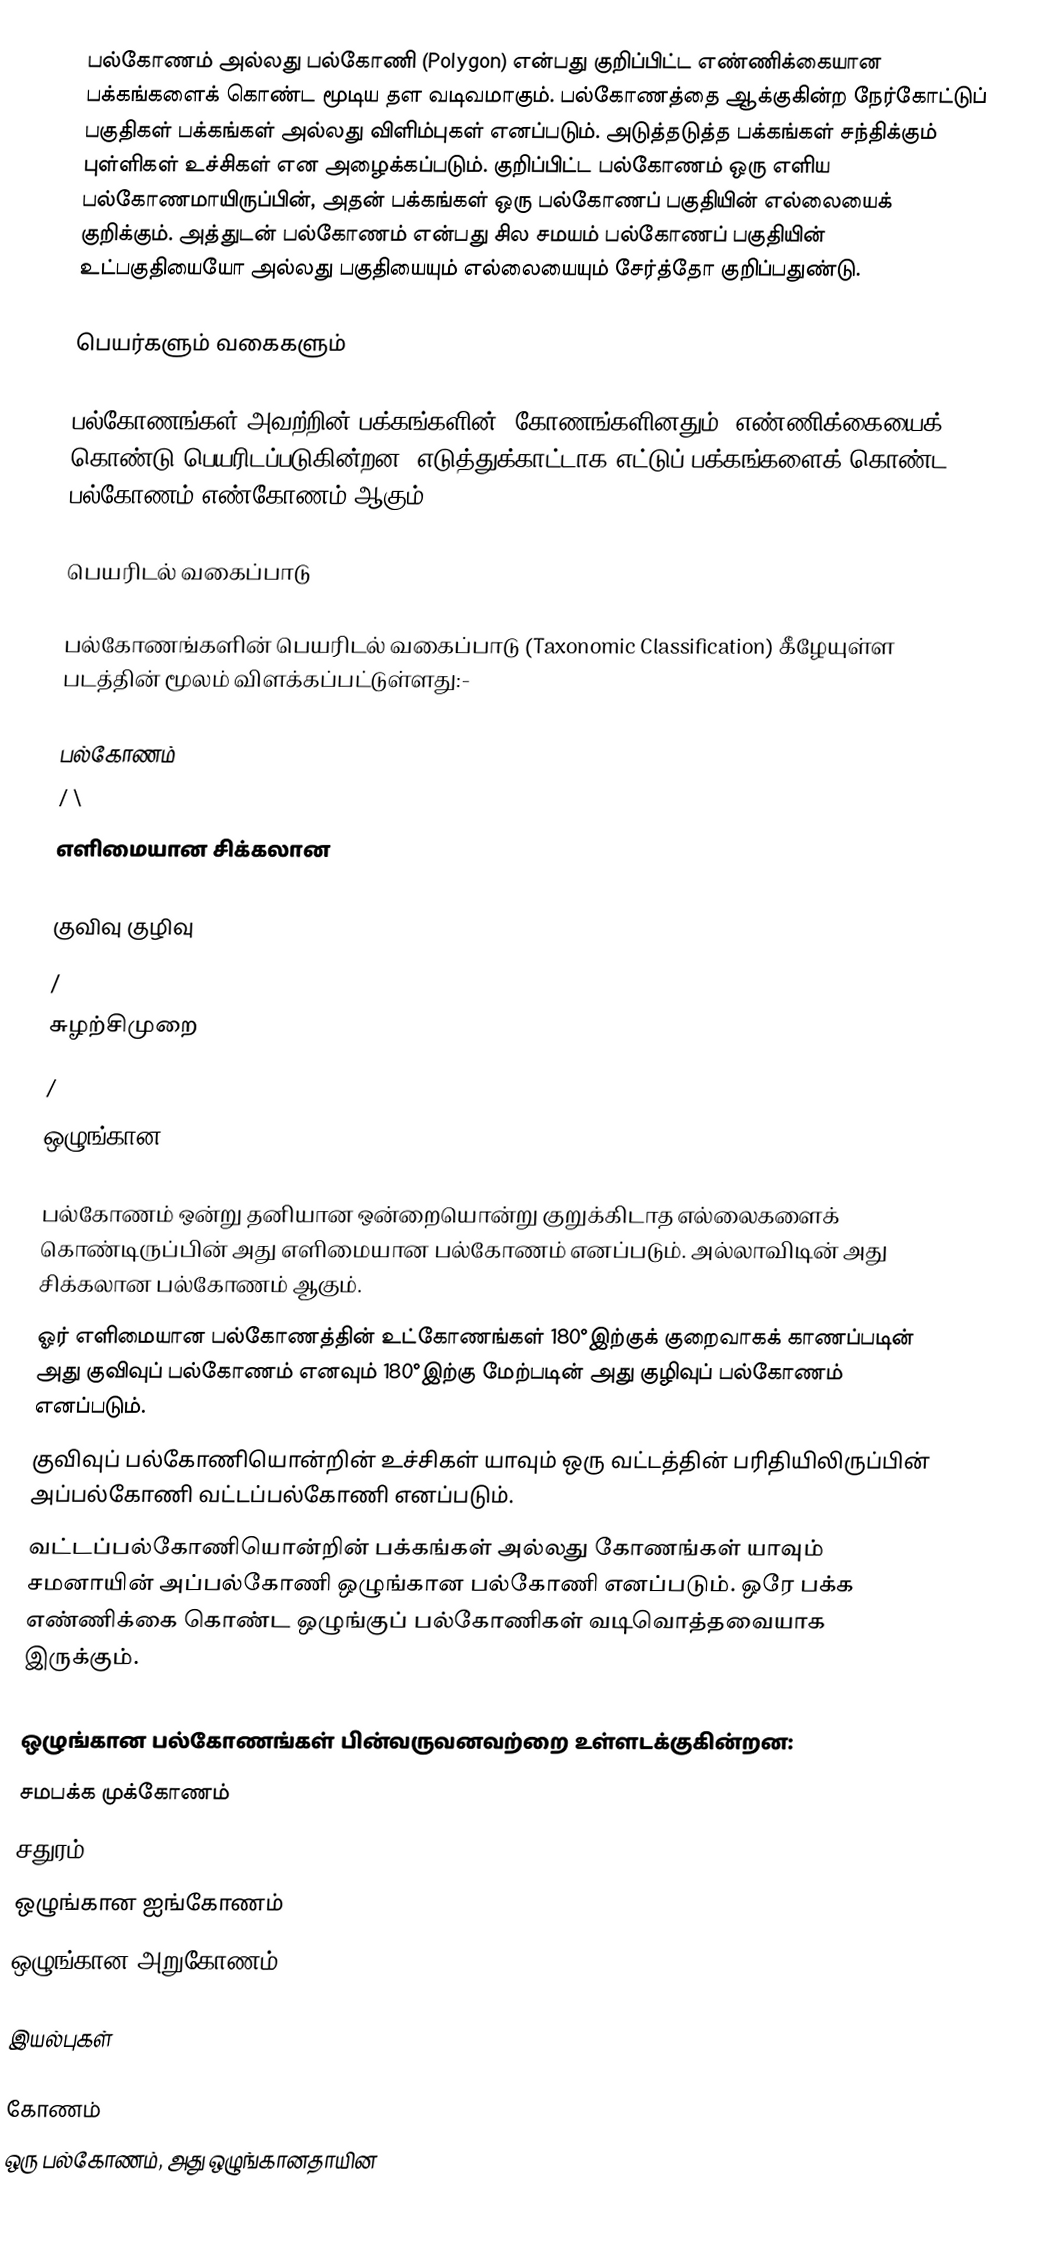
பல்கோணம் அல்லது பல்கோணி (Polygon) என்பது குறிப்பிட்ட எண்ணிக்கையான பக்கங்களைக் கொண்ட மூடிய தள வடிவமாகும். பல்கோணத்தை ஆக்குகின்ற நேர்கோட்டுப் பகுதிகள் பக்கங்கள் அல்லது விளிம்புகள் எனப்படும். அடுத்தடுத்த பக்கங்கள் சந்திக்கும் புள்ளிகள் உச்சிகள் என அழைக்கப்படும். குறிப்பிட்ட பல்கோணம் ஒரு எளிய பல்கோணமாயிருப்பின், அதன் பக்கங்கள் ஒரு பல்கோணப் பகுதியின் எல்லையைக் குறிக்கும். அத்துடன் பல்கோணம் என்பது சில சமயம் பல்கோணப் பகுதியின் உட்பகுதியையோ அல்லது பகுதியையும் எல்லையையும் சேர்த்தோ குறிப்பதுண்டு.

பெயர்களும் வகைகளும்

பல்கோணங்கள் அவற்றின் பக்கங்களின் (கோணங்களினதும்) எண்ணிக்கையைக் கொண்டு பெயரிடப்படுகின்றன. எடுத்துக்காட்டாக எட்டுப் பக்கங்களைக் கொண்ட பல்கோணம் எண்கோணம் ஆகும்.

பெயரிடல் வகைப்பாடு

பல்கோணங்களின் பெயரிடல் வகைப்பாடு (Taxonomic Classification) கீழேயுள்ள படத்தின் மூலம் விளக்கப்பட்டுள்ளது:-

                                                பல்கோணம்
                                                /          \
                                       எளிமையான       சிக்கலான
                                          /     \
                                    குவிவு     குழிவு
                                     /
                               சுழற்சிமுறை
                                 /
                         ஒழுங்கான

 பல்கோணம் ஒன்று தனியான ஒன்றையொன்று குறுக்கிடாத எல்லைகளைக் கொண்டிருப்பின் அது எளிமையான பல்கோணம் எனப்படும். அல்லாவிடின் அது சிக்கலான பல்கோணம் ஆகும்.
 ஓர் எளிமையான பல்கோணத்தின் உட்கோணங்கள் 180°இற்குக் குறைவாகக் காணப்படின் அது குவிவுப் பல்கோணம் எனவும் 180°இற்கு மேற்படின் அது குழிவுப் பல்கோணம் எனப்படும்.
 குவிவுப் பல்கோணியொன்றின் உச்சிகள் யாவும் ஒரு வட்டத்தின் பரிதியிலிருப்பின் அப்பல்கோணி வட்டப்பல்கோணி எனப்படும்.
 வட்டப்பல்கோணியொன்றின் பக்கங்கள் அல்லது கோணங்கள் யாவும் சமனாயின் அப்பல்கோணி ஒழுங்கான பல்கோணி எனப்படும். ஒரே பக்க எண்ணிக்கை கொண்ட ஒழுங்குப் பல்கோணிகள் வடிவொத்தவையாக இருக்கும்.

ஒழுங்கான பல்கோணங்கள் பின்வருவனவற்றை உள்ளடக்குகின்றன:
 சமபக்க முக்கோணம்
 சதுரம்
 ஒழுங்கான ஐங்கோணம்
 ஒழுங்கான அறுகோணம்

இயல்புகள்

கோணம்
ஒரு பல்கோணம், அது ஒழுங்கானதாயின